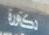
مكورة